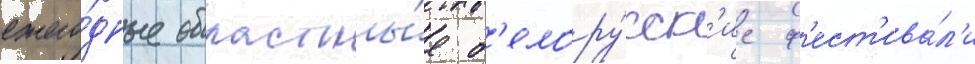
ежего́дные областны́е б'елору́сск'ие ф'ест'ива́л'и